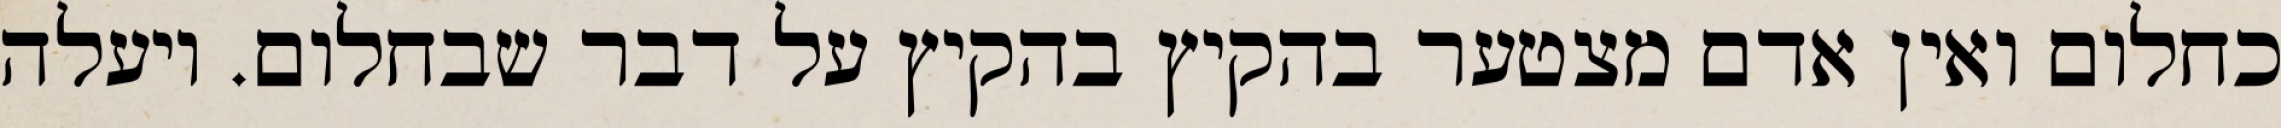
כחלום ואין אדם מצטער בהקיץ בהקיץ על דבר שבחלום. ויעלה